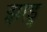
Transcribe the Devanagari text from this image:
झाडु